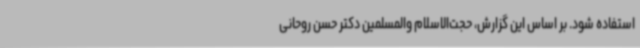
استفاده شود. بر اساس این گزارش، حجت‌الاسلام والمسلمین دکتر حسن روحانی